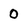
Character: 0